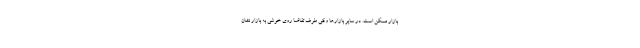
بازار مسکن است. در سایر بازارها وقتی طرف تقاضا روی خوشی به بازار نشان